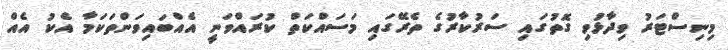
މިނިސްޓަރު ވިދާޅުވި ގޮތުގައި ސަރުކާރުގެ ތެރޭގައި މަސައްކަތް ކުރައްވަނީ އެއްބައިވަންތަކަމާ އެކު އެއް